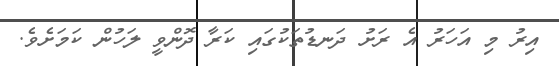
އިރު މި އަހަރު އެ ރަށު ދަނޑުތަކުގައި ކަރާ ދޮންވީ ލަހުން ކަމަށެވެ.